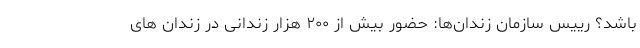
باشد؟ رییس سازمان زندان‌ها: حضور بیش از ۲۰۰ هزار زندانی در زندان های